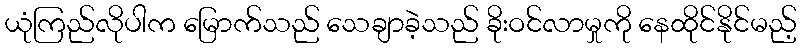
ယုံကြည်လိုပါက မြောက်သည် သေချာခဲ့သည် ခိုးဝင်လာမှုကို နေထိုင်နိုင်မည့်